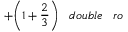
+ { \bigg ( } 1 + { \frac { 2 } { 3 } } { \bigg ) } \; \; \; d o u b l e \; \; \; r o